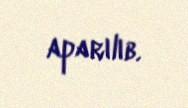
aparılıb.